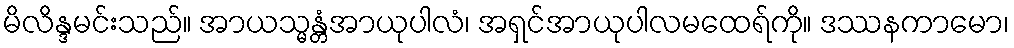
မိလိန္ဒမင်းသည်။ အာယသ္မန္တံအာယုပါလံ၊ အရှင်အာယုပါလမထေရ်ကို။ ဒဿနကာမော၊